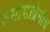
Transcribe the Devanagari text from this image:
तमाशाप्रेमीच